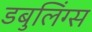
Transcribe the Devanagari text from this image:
डबुलिंग्स